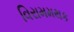
વિરામમથક